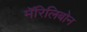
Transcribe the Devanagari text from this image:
मॅरिलिबोन